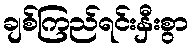
ချစ်ကြည်ရင်းနှီးစွာ